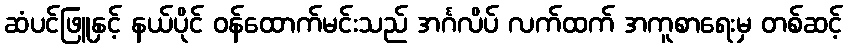
ဆံပင်ဖြူနှင့် နယ်ပိုင် ဝန်ထောက်မင်းသည် အင်္ဂလိပ် လက်ထက် အကူစာရေးမှ တစ်ဆင့်